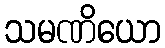
သမဏိယော